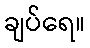
ချပ်ရေ။